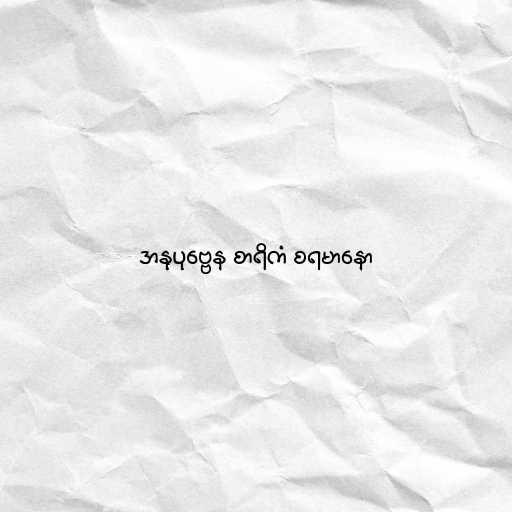
အနုပုဗ္ဗေန စာရိကံ စရမာနော